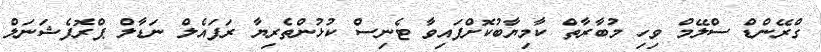
ގްރޭންޑް ސްލޭމް ވިހި މުބާރާތް ކާމިޔާބުކޮށްފައިވާ ޓެނިސް ކުޅުންތެރިޔާ ރަފައެލް ނަޑާލް ޕްރޮފެޝަނަލް